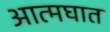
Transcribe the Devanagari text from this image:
आत्‍मघात